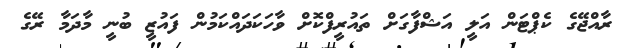
ރާއްޖޭގެ ކެޕްޓަން އަލީ އަޝްފާގަށް ތައުރީފްކޮށް ވާހަކަދައްކަމުން ފައުޒީ ބުނީ މާދަމާ ރޭގެ